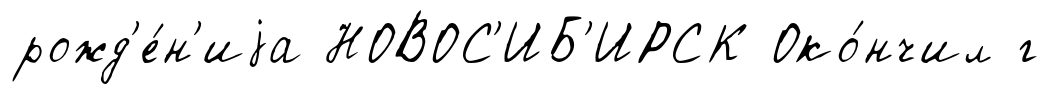
рожд'е́н'иjа НОВОС'ИБ'ИРСК Око́нчил г